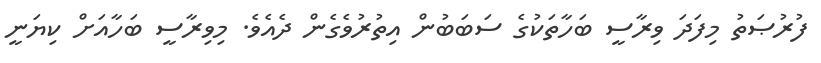
ފުރުޞަތު މިފަދަ ވިރާސީ ބަހާތަކުގެ ސަބަބުން އިތުރުވެގެން ދެއެވެ. މިވިރާސީ ބަހާއަށް ކިޔަނީ